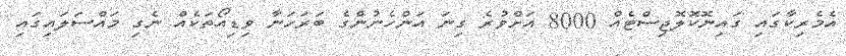
އެމެރިކާގައި ގައިނޮކޮލޮޖިސްޓެއް 8000 އަށްވުރެ ގިނަ އަންހެނުންގެ ބަރަހަނާ ވިޑިއޯތަކެއް ނެގި މައްސަލައިގައި